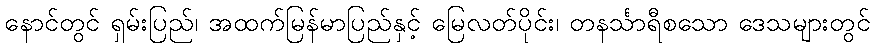
နောင်တွင် ရှမ်းပြည်၊ အထက်မြန်မာပြည်နှင့် မြေလတ်ပိုင်း၊ တနင်္သာရီစသော ဒေသများတွင်